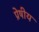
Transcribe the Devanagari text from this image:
प्रेषीय